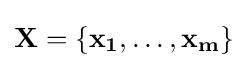
\mathbf {X} =\{\mathbf {x_{1}} ,\dots ,\mathbf {x_{m}} \}